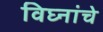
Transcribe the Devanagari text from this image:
विघ्नांचे